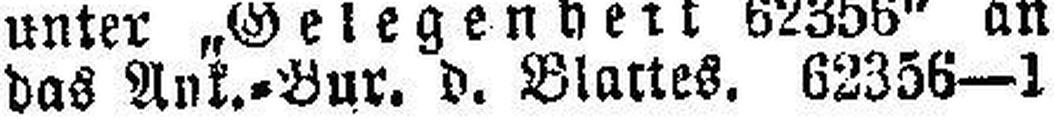
das Ank.-Bur. d. Blattes. 62356—1